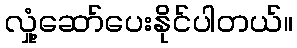
လှုံ့ဆော်ပေးနိုင်ပါတယ်။